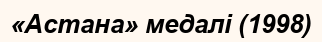
«Астана» медалі (1998)